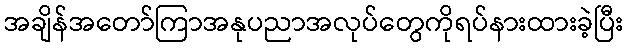
အချိန်အတော်ကြာအနုပညာအလုပ်တွေကိုရပ်နားထားခဲ့ပြီး